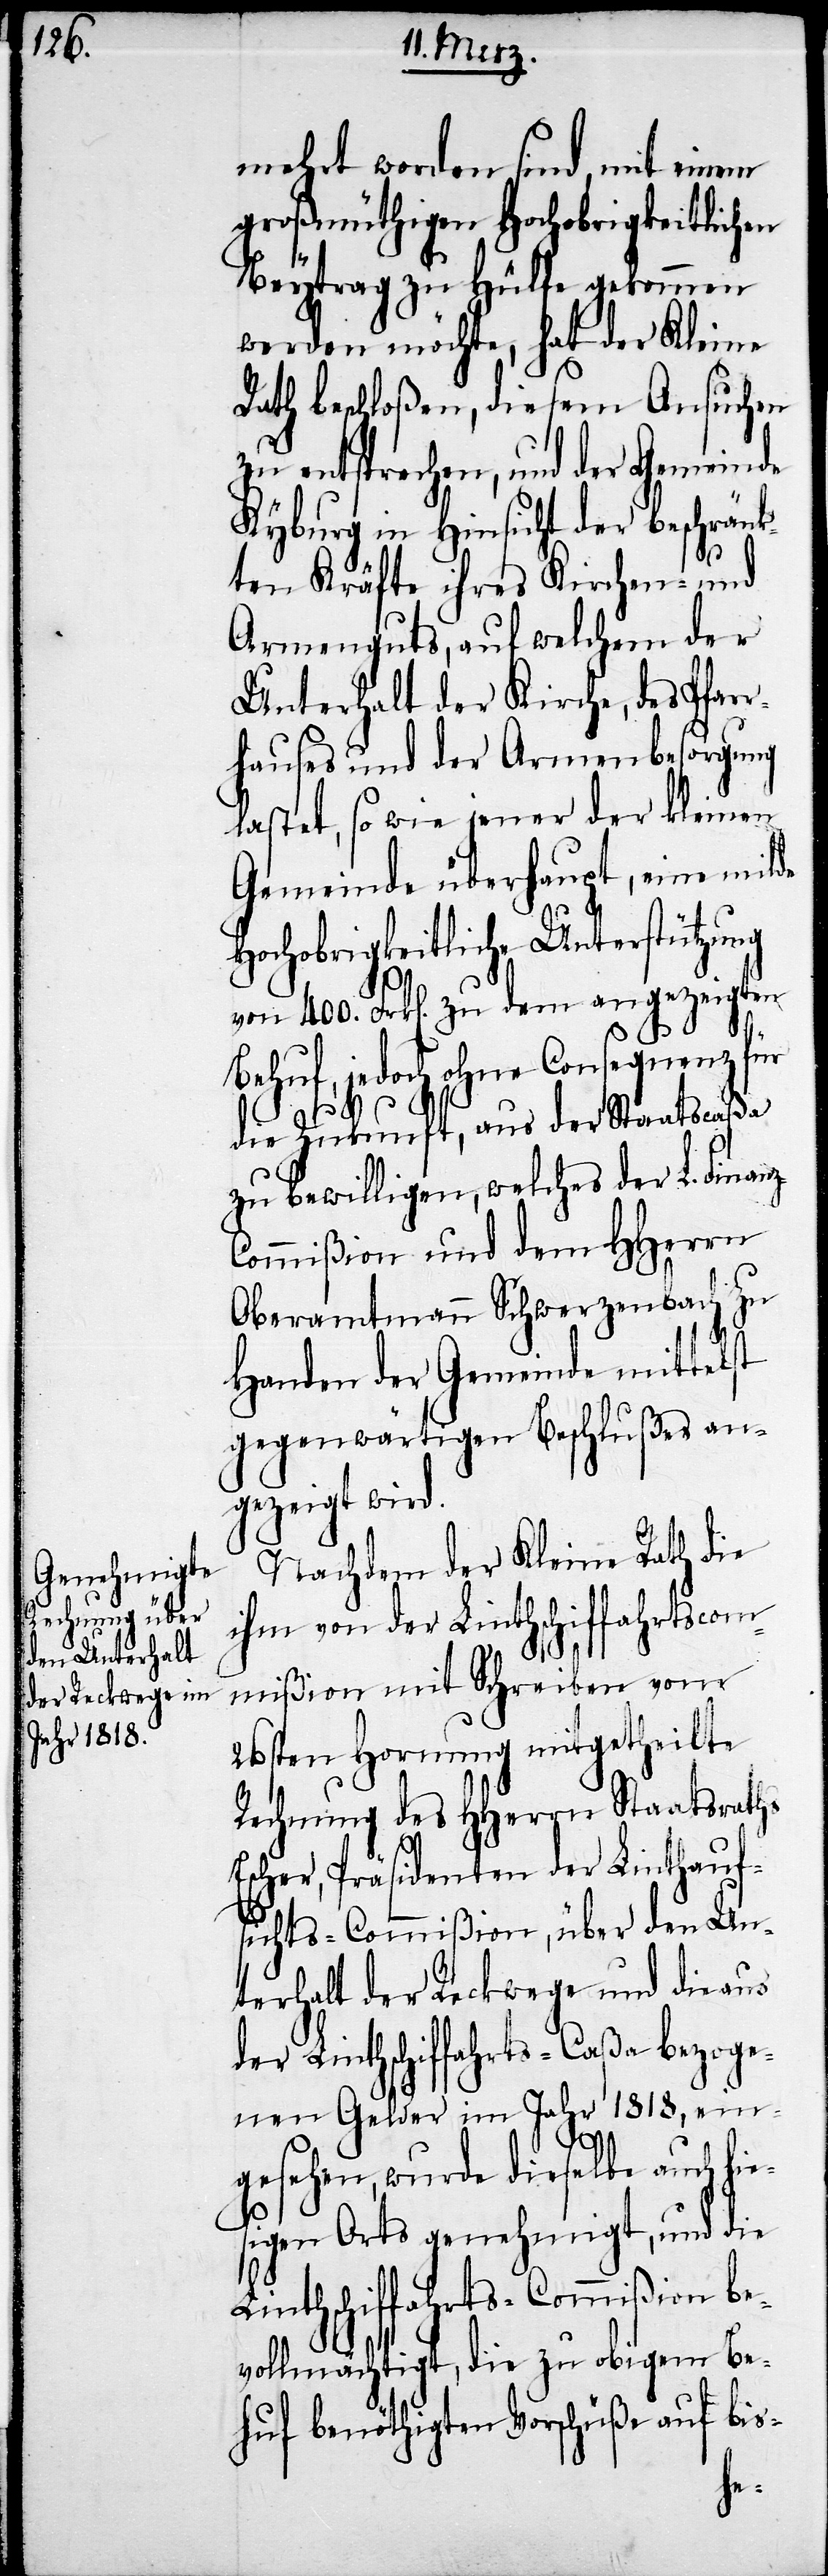
mehrt worden sind, mit einem
großmüthigen Hochobrigkeitlichen
Beytrag zu Hülfe gekommen
werden möchte, hat der Kleine
Rath beschloßen, diesem Ansuchen
zu entsprechen, und der Gemeinde
Kyburg in Hinsicht der beschänk¬
ten Kräfte ihres Kirchen- und
Armenguts, auf welchem der
Unterhalt der Kirche, des Pfarr¬
hauses und der Armenbesorgung
lastet, so wie jener der kleinen
Gemeinde überhaupt, eine milde
Hochobrigkeitliche Unterstüzung
von 400. Frk[en]. zu dem angezeigten
Behuf, jedoch ohne Consequenz für
die Zukunft, aus der Staatscaßa
zu bewilligen, welches der L. Finan¬
ommißion und dem HHerrn
Oberamtmann Schwerzenbach zu
Handen der Gemeinde mittelst
gegenwärtigen Beschlußes an¬
gezeigt wird.
Nachdem der Kleine Rath die
ihm von der Linthschiffahrtscom¬
mißion mit Schreiben vom
26sten Hornung mitgetheilte
Rechnung des HHerrn Staatsraths
Escher, Präsidenten der Linthauf¬
sichts-Commißion, über den Un¬
terhalt der Reckwege und die aus
der Linthschiffahrts-Caßa bezoge¬
nen Gelder im Jahr 1818, ein¬
gesehen, wurde dieselbe auch hie¬
sigen Orts genehmigt, und die
Linthschiffahrts-Commißion be¬
vollmächtigt, die zu obigem Be¬
huf benöthigten Vorschüße auf bis-
z-C¬